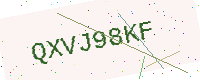
Text: QXVJ98KF